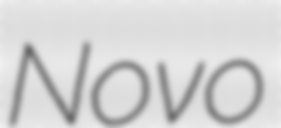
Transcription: Novo